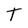
Character: T